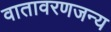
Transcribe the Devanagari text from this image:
वातावरणजन्य